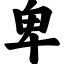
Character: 卑